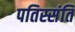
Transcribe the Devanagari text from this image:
पतिस्संति